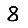
Digit: 8